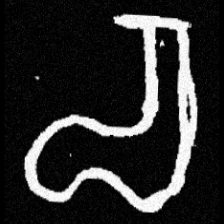
Pyu character \u2014 Myanmar letter: စ (romanized: ca)